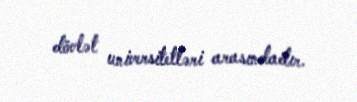
dövlət universitetləri arasındadır.